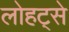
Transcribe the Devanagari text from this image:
लोहट्से